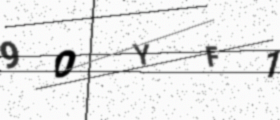
Text: 9OYF1